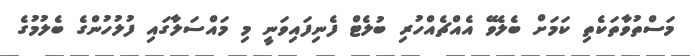
މަސްތުވާތަކެތި ކަމަށް ބެލެވޭ އެއްޗެއްހުރި ބުލެޓް ފެނިފައިވަނީ މި މައްސަލާގައި ފުލުހުންގެ ބެލުމުގެ